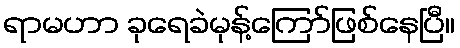
ရာမဟာ ခုရေခဲမုန့်ကြော်ဖြစ်နေပြီ။